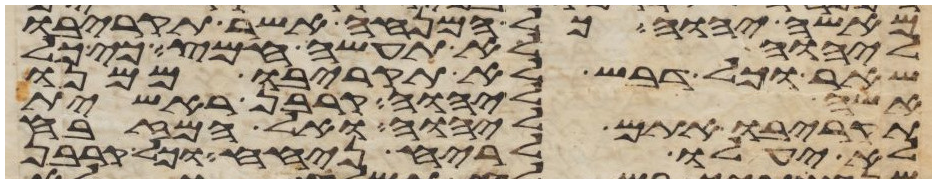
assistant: מאשי יהוה כל המנחה אשר תקריבו
ליהוה לא תעשה חמץ כי כל
שאר וכל דבש לא תקריבו ממנו
אשה ליהוה קרבן ראשית
תקריבו אתם ליהוה ואל המזבח
לא יעלו לריח ניחח וכל קרבן